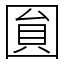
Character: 圎